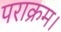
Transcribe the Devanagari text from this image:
पराक्रम।